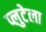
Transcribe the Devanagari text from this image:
प्लुटेला